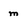
Character: m